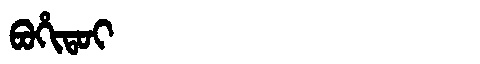
Manchu: ᠪᠣᡥᡳᡨᠣᡳ
Romanization: BOHITOI